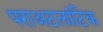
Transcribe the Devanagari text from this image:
पराअटलांटिक